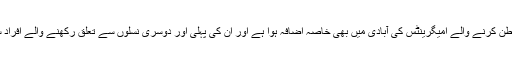
تاہم، اس ریاست میں گذشتہ دہائیوں کے دوران افریقی ممالک سے ترک وطن کرنے والے امیگرینٹس کی آبادی میں بھی خاصہ اضافہ ہوا ہے اور ان کی پہلی اور دوسری نسلوں سے تعلق رکھنے والے افراد سٹی کونسلوں اور سکول کمیٹیوں میں منتخب ہونے میں کامیاب ہوئے ہیں۔